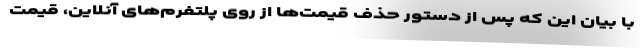
با بیان این که پس از دستور حذف قیمت‌ها از روی پلتفرم‌های آنلاین، قیمت